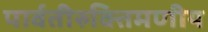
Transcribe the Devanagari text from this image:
पार्वतीरुक्तिमणीय